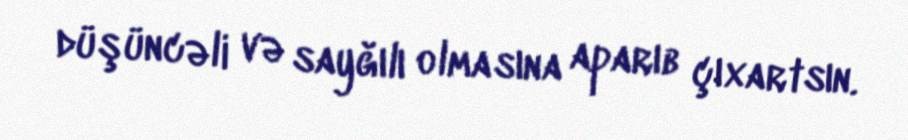
düşüncəli və sayğılı olmasına aparıb çıxartsın.